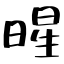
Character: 暒